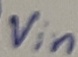
Text: Vin